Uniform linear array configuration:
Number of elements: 16
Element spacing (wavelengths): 0.25
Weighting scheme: cosine
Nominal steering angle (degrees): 45
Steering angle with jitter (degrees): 45.198
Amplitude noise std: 0.05
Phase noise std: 0.05

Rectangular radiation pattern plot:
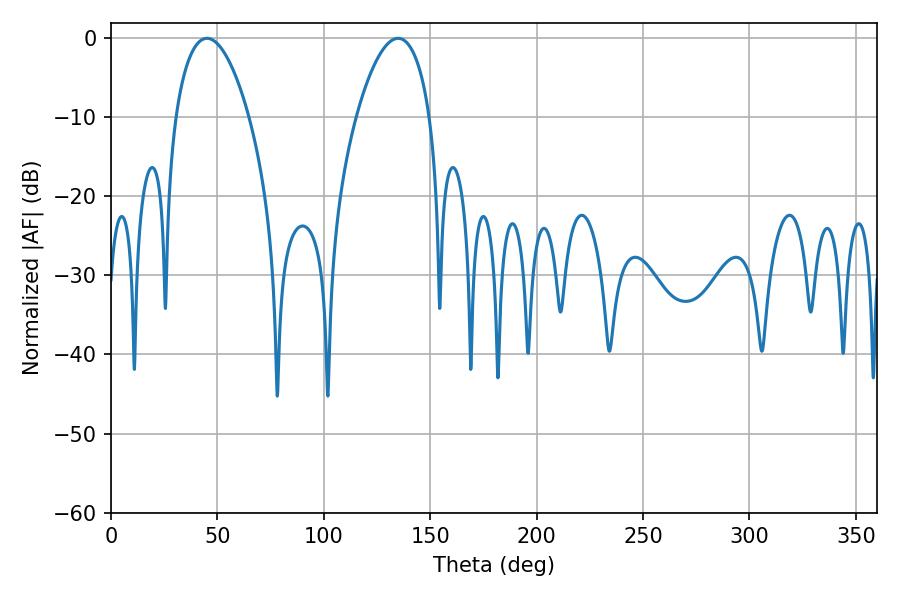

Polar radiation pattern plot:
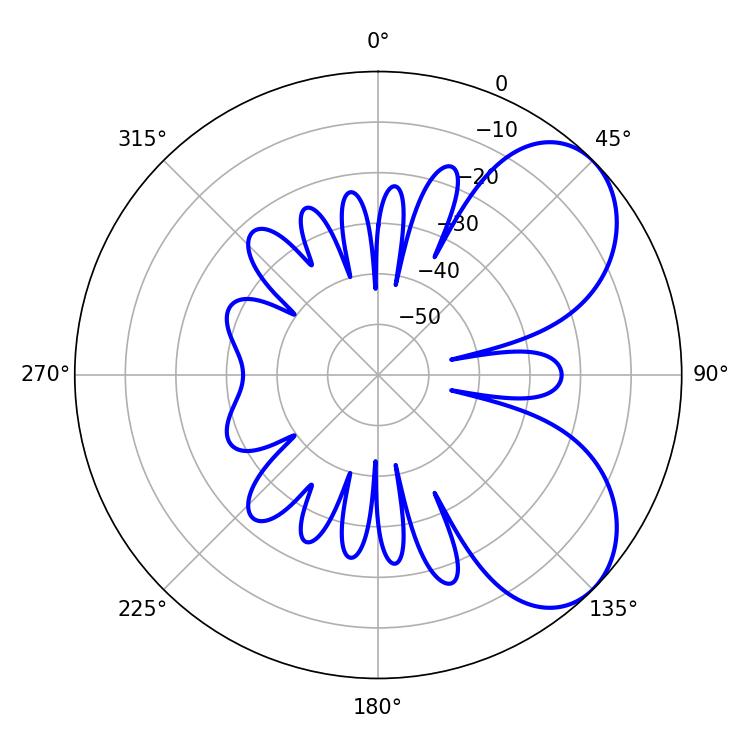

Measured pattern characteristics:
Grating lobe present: FALSE
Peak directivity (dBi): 5.917
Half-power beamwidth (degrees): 19.44
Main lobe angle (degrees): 45